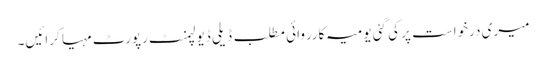
میری درخواست پر کی گئی یومیہ کارروائی مطلب ڈیلی ڈیولپمنٹ رپورٹ مہیا کرائیں۔